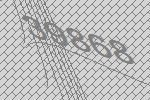
39868